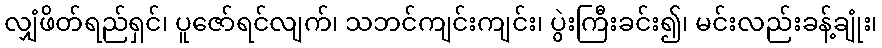
လျှံဖိတ်ရည်ရှင်၊ ပူဇော်ရင်လျက်၊ သဘင်ကျင်းကျင်း၊ ပွဲးကြီးခင်း၍၊ မင်းလည်းခန့်ချုံး၊